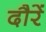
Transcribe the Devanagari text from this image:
दौरें